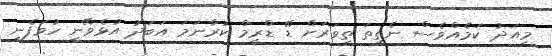
މިއަދު ކަމެއްވެސް ނެތީތަ ތިވަރަށް ޑޭ ޑްރީމް ކުރާނަމަ އަބަދު އުޅެވޭނީ ހުވަފެނީ